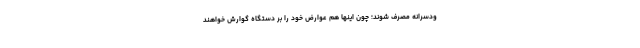
ودسرانه مصرف شوند؛ چون اینها هم عوارض خود را بر دستگاه گوارش خواهند